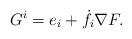
LaTeX: \begin{align*}G^i= e_i+\dot f_i \nabla F.\end{align*}